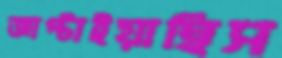
জাপ্‌টাইয়াছিস